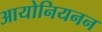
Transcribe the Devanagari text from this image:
आयोनियनन